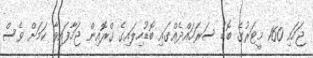
ޖަހައި 160 މީޓަރުގެ ބޮޑު ސަރަހައްދެއްގައި ބޮޑުހިލައިގެ ގްރޮއިން ޖަހާފައިވާ ކަމަށް ވެސް